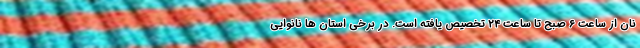
نان از ساعت ۶ صبح تا ساعت ۲۴ تخصیص یافته است. در برخی استان ها نانوایی